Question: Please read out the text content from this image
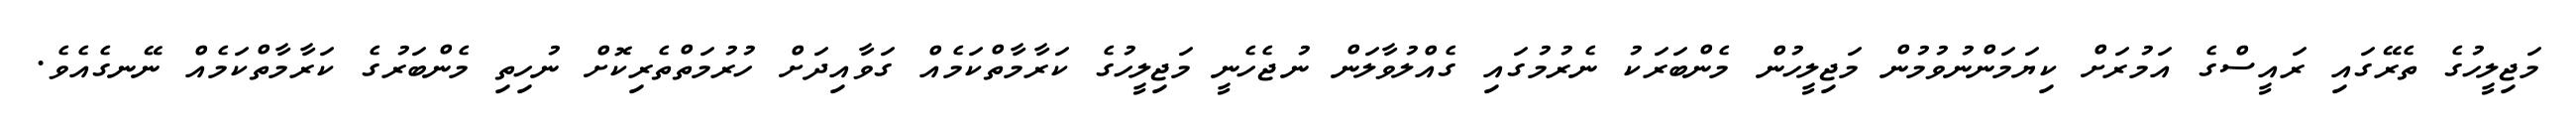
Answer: މަޖިލީހުގެ ތެރޭގައި ރައީސްގެ އަމުރަށް ކިޔަމަންނުވުމުން މަޖިލީހުން މެންބަރަކު ނެރުމުގައި ގެއްލުވާލަން ނުޖެހެނީ މަޖިލީހުގެ ކަރާމާތްކަމެއް ގަވާއިދަށް ހުރުމަތްތެރިކޮށް ނުހިތި މެންބަރުގެ ކަރާމާތްކަމެއް ނޭނގެއެވެ.